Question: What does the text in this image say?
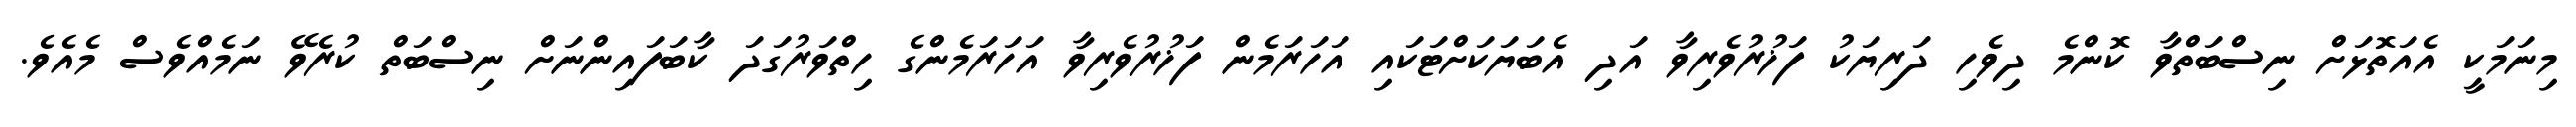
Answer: މިނަމަކީ އެއަތޮޅަށް ނިސްބަތްވާ ކޮންމެ ދިވެހި ދަރިޔަކު ފަޚުރުވެރިވާ އަދި އެބަޔަކަށްޓަކައި އަހަރަމެން ފަޚުރުވެރިވާ އަހަރަމެންގެ ހިތްވަރުގަދަ ކާބަފައިންނަށް ނިސްބަތް ކުރެވޭ ނަމެއްވެސް މެއެވެ.